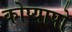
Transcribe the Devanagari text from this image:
कोप्यापो